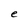
Character: e